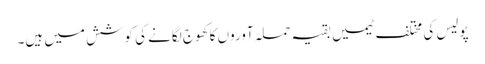
پولیس کی مختلف ٹیمیں بقیہ حملہ آوروں کا کھوج لگانے کی کوشش میں ہیں۔